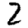
Digit: 2